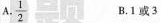
A. \frac{1}{2} B. 1 或 3